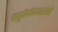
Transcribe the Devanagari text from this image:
चातुर्वर्ण्यव्यवस्थेने